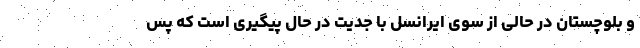
و بلوچستان در حالی از سوی ایرانسل با جدیت در حال پیگیری است که پس